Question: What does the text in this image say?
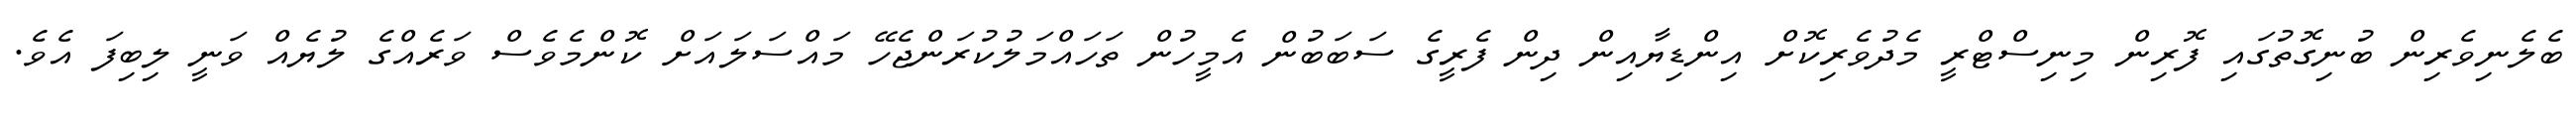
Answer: ބެލެނިވެރިން ބުނިގޮތުގައި ފޮރިން މިނިސްޓްރީ މެދުވެރިކޮށް އިންޑިޔާއިން ދިން ފެރީގެ ސަބަބުން އެމީހުން ތަހައްމަލުކުރަންޖެހޭ މައްސަލައަށް ކޮންމެވެސް ވަރެއްގެ ލުޔެއް ވަނީ ލިބިފަ އެވެ.